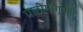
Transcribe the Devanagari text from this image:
पाठीमागूनही